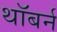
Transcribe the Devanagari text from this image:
थॉबर्न